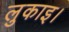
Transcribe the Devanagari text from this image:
लुकाइ।